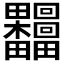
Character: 𰣟